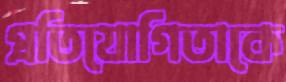
প্রতিযোগিতাকে